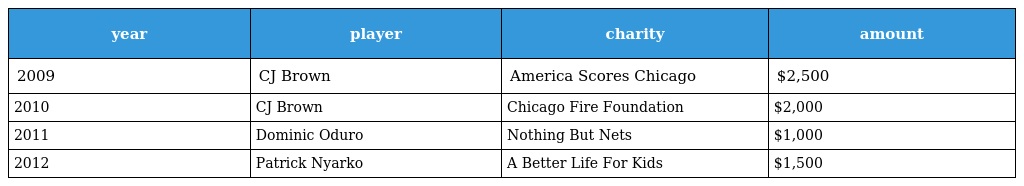
| year | player | charity | amount |
 | --- | --- | --- | --- |
 | 2009 | CJ Brown | America Scores Chicago | $2,500 |
 | 2010 | CJ Brown | Chicago Fire Foundation | $2,000 |
 | 2011 | Dominic Oduro | Nothing But Nets | $1,000 |
 | 2012 | Patrick Nyarko | A Better Life For Kids | $1,500 |